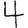
Digit: 4